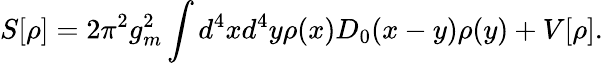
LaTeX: S[\rho]=2\pi^{2}g_{m}^{2}\int d^{4}xd^{4}y\rho(x)D_{0}(x-y)\rho(y)+V[\rho].